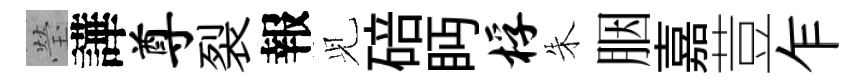
瑩譁尊裂報𫤗碚眄桴朱胭嘉荳乍